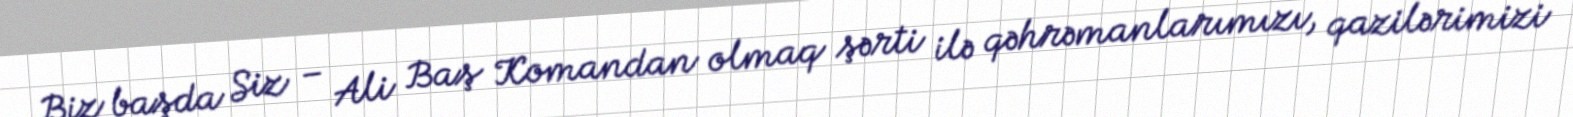
Biz başda Siz – Ali Baş Komandan olmaq şərti ilə qəhrəmanlarımızı, qazilərimizi